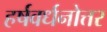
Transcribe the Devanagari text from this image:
हर्षवर्धनोत्तर